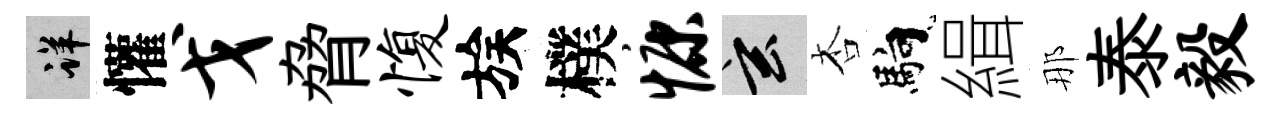
详懽戈脅愎族樸慷玄杏馿緝那泰毅